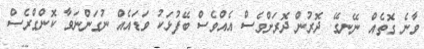
ވާނެ ގޮތެއް ނޭނގޭ. ދޮރުން ދޮރަށްވެސް އެއްވެސް ބޭފުޅަކު ވަޑައެއް ނުގަންނަވާ ކޮންގްރެސް